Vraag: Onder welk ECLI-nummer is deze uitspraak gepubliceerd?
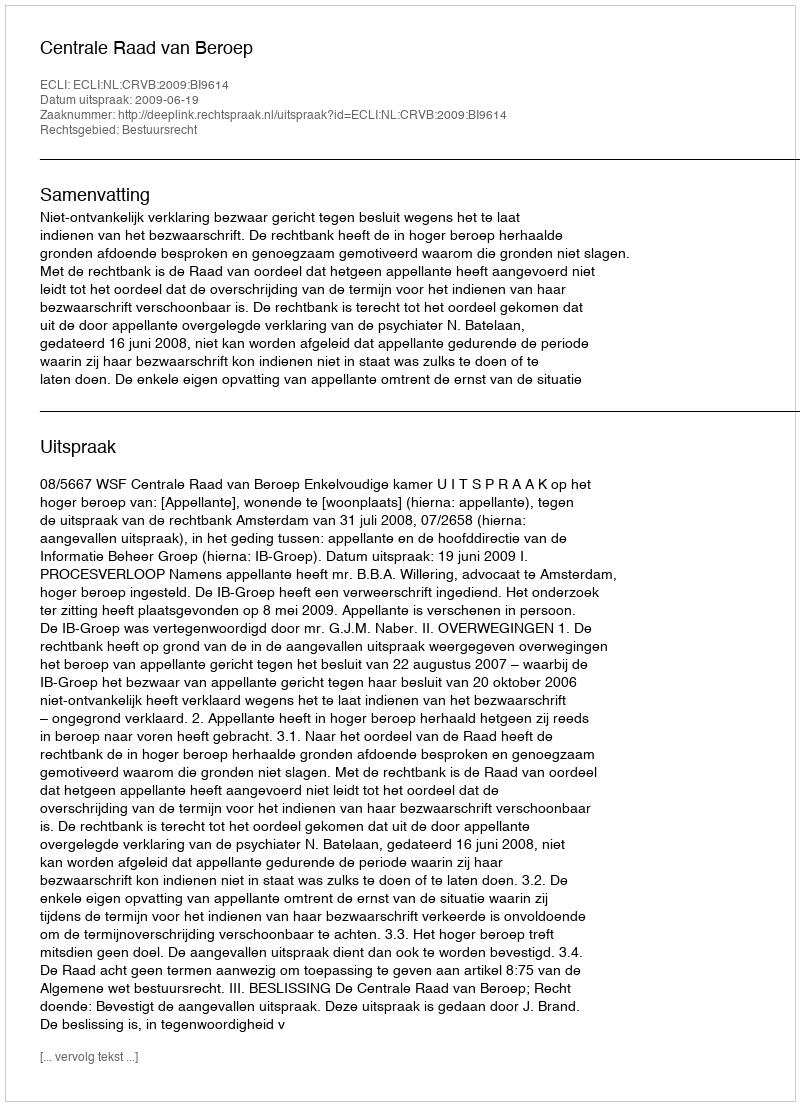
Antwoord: ECLI:NL:CRVB:2009:BI9614